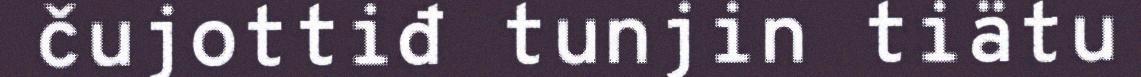
čujottiđ tunjin tiätu